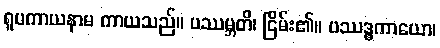
ရူပကာယနာမ ကာယသည်။ ပဿမ္ဘတိ၊ ငြိမ်း၏။ ပဿဒ္ဓကာယော၊